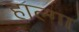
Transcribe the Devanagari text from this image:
हाल्गा